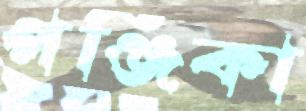
পঞ্জিকা